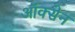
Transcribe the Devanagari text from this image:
ऑक्सेन